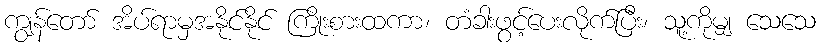
ကျွန်တော် အိပ်ရာမှအနိုင်နိုင် ကြိုးစားထကာ၊ တံခါးဖွင့်ပေးလိုက်ပြီး၊ သူ့ကိုမျှ သေသေ